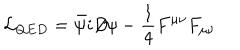
{ \cal L } _ { Q E D } = \bar { \psi } i D \! \! \! \! / \psi - \frac 1 4 F ^ { \mu \nu } F _ { \mu \nu }